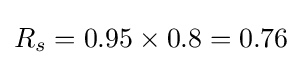
R_{s}=0.95\times 0.8=0.76